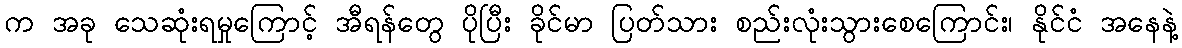
က အခု သေဆုံးရမှုကြောင့် အီရန်တွေ ပိုပြီး ခိုင်မာ ပြတ်သား စည်းလုံးသွားစေကြောင်း၊ နိုင်ငံ အနေနဲ့